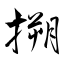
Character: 搠